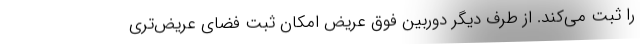
را ثبت می‌کند. از طرف دیگر دوربین فوق عریض امکان ثبت فضای عریض‌تری